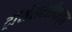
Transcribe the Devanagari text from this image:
ट्रांसेसटरीफाइड